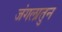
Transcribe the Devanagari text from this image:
जंगलातुन